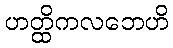
ဟတ္ထိကလဘေဟိ